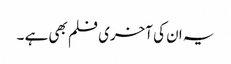
یہ ان کی آخری فلم بھی ہے ۔